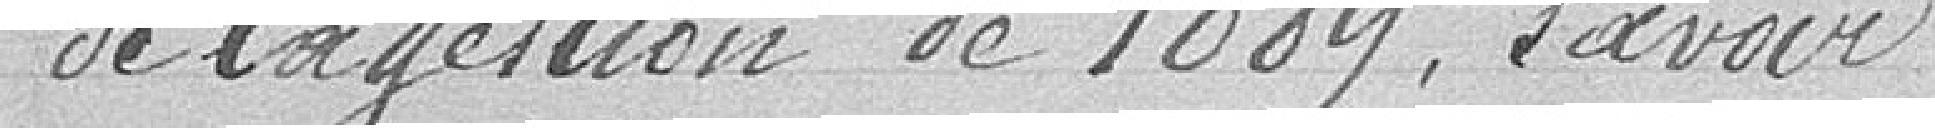
de la gestion de 1889, à savoir :